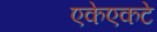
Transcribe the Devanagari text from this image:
एकेएकटे